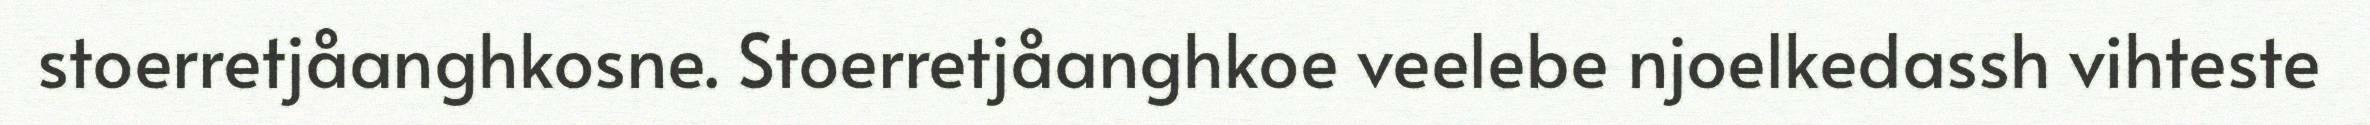
stoerretjåanghkosne. Stoerretjåanghkoe veelebe njoelkedassh vihteste